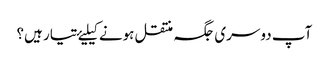
آپ دوسری جگہ منتقل ہونے کیلیۓ تیار ہیں؟